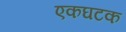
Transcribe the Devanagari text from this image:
एकघटक